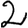
Digit: 2